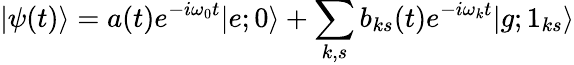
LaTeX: |\psi(t)\rangle=a(t)e^{-i\omega_{0}t}|e;0\rangle+\sum_{k,s}b_{ks}(t)e^{-i\omega_{k}t}|g;1_{ks}\rangle